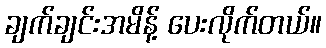
ချက်ချင်းအမိန့် ပေးလိုက်တယ်။